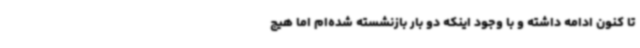
تا کنون ادامه داشته و با وجود اینکه دو بار بازنشسته شده‌ام اما هیج